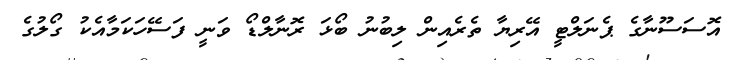
އޮސަސޫނާގެ ޕެނަލްޓީ އޭރިޔާ ތެރެއިން ލިބުނު ބޯޅަ ރޮނާލްޑޯ ވަނީ ފަސޭހަކަމާއެކު ގޯލުގެ